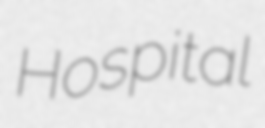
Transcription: Hospital